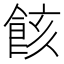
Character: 䬵